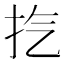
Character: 㧉